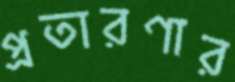
প্রতারণার